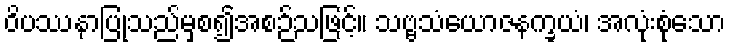
ဝိပဿနာပြုသည်မှစ၍အစဉ်သဖြင့်။ သဗ္ဗသံယောဇနက္ခယံ၊ အလုံးစုံသော